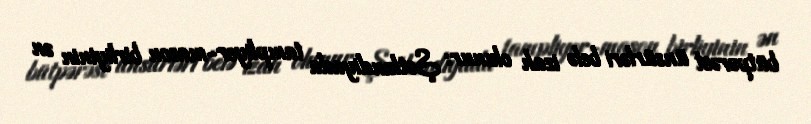
bütpərəst ünsürləri belə izah olunur: Şotlandiyada tampliyer-mason birliyinin ən